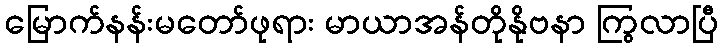
မြောက်နန်းမတော်ဖုရား မာယာအန်တိုနိုဗနာ ကြွလာပြီ